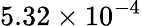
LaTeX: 5.32\times 10^{-4}